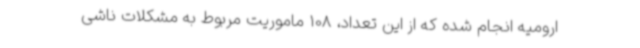
ارومیه انجام شده که از این تعداد، 108 ماموریت مربوط به مشکلات ناشی